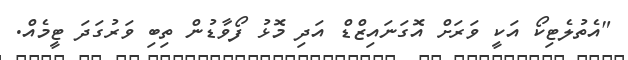
"އެތުލެޓިކޯ އަކީ ވަރަށް އޮގަނައިޒްޑް އަދި މޮޅު ފޯވާޑުން ތިބި ވަރުގަދަ ޓީމެއް.